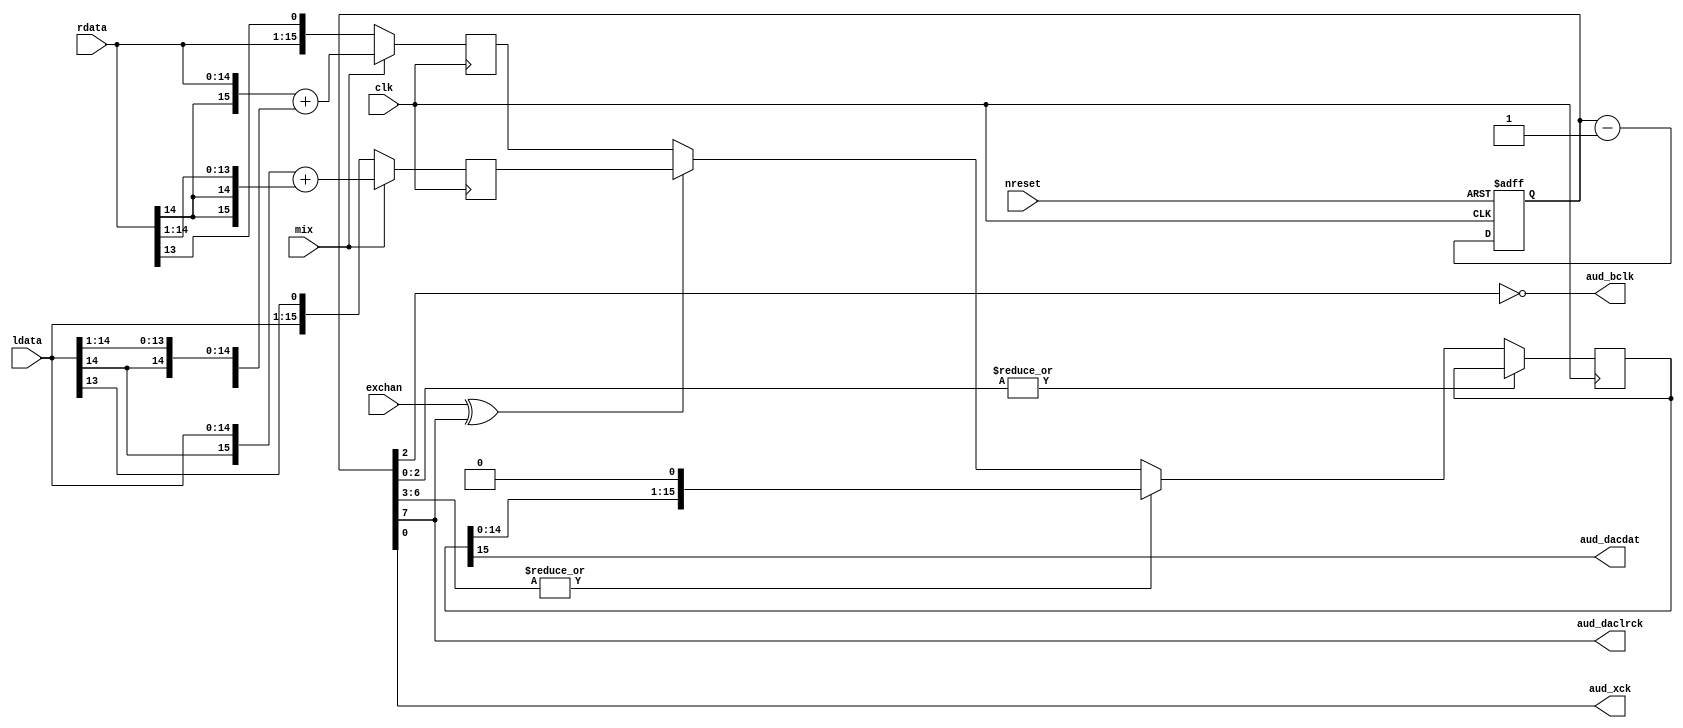
/* audio_shifter.v */


module audio_shifter(
  input  wire           clk,    //32MHz
  input  wire           nreset,
  input  wire           mix,
  input  wire [ 15-1:0] rdata,
  input  wire [ 15-1:0] ldata,
  input  wire           exchan,
  output wire           aud_bclk,
  output wire           aud_daclrck,
  output wire           aud_dacdat,
  output wire           aud_xck
);


//// L-R mixer ////

wire [ 16-1:0] rdata_mix;
wire [ 16-1:0] ldata_mix;

assign rdata_mix = {rdata[14], rdata} + {{2{ldata[14]}}, ldata[14:1]};
assign ldata_mix = {ldata[14], ldata} + {{2{rdata[14]}}, rdata[14:1]};

// data mux
reg [16-1:0] rdata_mux;
reg [16-1:0] ldata_mux;

always @ (posedge clk) begin
  rdata_mux <= #1 (mix) ? rdata_mix : {rdata, rdata[13]};
  ldata_mux <= #1 (mix) ? ldata_mix : {ldata, ldata[13]};
end


//// audio output shifter ////

reg  [  9-1:0] shiftcnt;
reg  [ 16-1:0] shift;

always @(posedge clk, negedge nreset) begin
  if(~nreset)
    shiftcnt <= 9'd0;
  else
    shiftcnt <= shiftcnt - 9'd1;
end

always @ (posedge clk) begin
  if(~|shiftcnt[2:0]) begin
    if (~|shiftcnt[6:3])
      shift <= #1 (exchan ^ shiftcnt[7]) ? ldata_mux : rdata_mux;
    else
      shift <= #1 {shift[14:0], 1'b0};
  end
end


//// output ////
assign aud_daclrck = shiftcnt[7];
assign aud_bclk    = ~shiftcnt[2];
assign aud_xck     = shiftcnt[0];
assign aud_dacdat  = shift[15];


endmodule